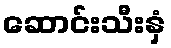
ဆောင်းသီးနှံ